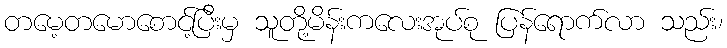
တမေ့တမောစောင့်ပြီးမှ သူတို့မိန်းကလေးအုပ်စု ပြန်ရောက်လာ သည်း၊